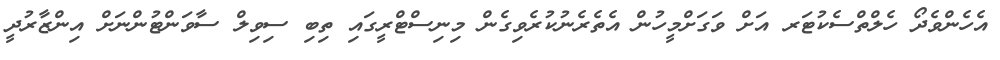
އެހެންވެދޯ ހެލްތްސެކުޓަރ އަށް ވަގަށްމީހުން އެތެރެނުކުރެވިގެން މިނިސްޓްރީގައި ތިބި ސިވިލް ސާވަންޓުންނަށް އިންޒާރުދީ